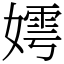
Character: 嫮